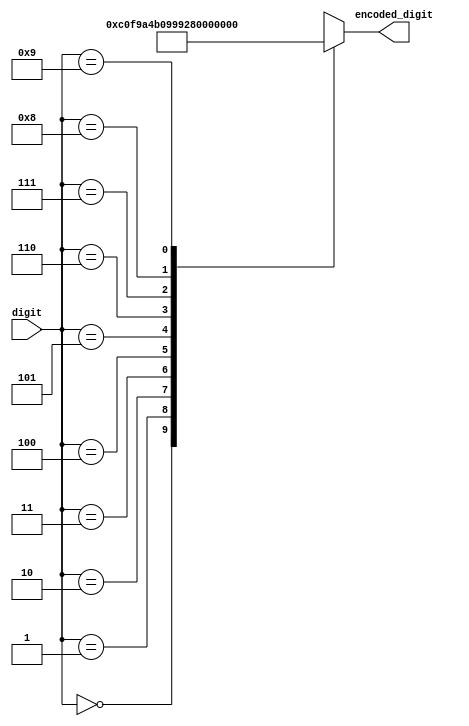
module encoder
	(
		input [3 : 0] digit,
		output [7 : 0] encoded_digit
	);
	
	assign encoded_digit = encode(digit);
	
	function automatic [7 : 0] encode
		(
			input [3 : 0] dig
		);
	begin
		case (dig)
			4'b0000: encode = 8'hC0;
			4'b0001: encode = 8'hF9;
			4'b0010: encode = 8'hA4;
			4'b0011: encode = 8'hB0;
			4'b0100: encode = 8'h99;
			4'b0101: encode = 8'h92;
			4'b0110: encode = 8'h82;
			4'b0111: encode = 8'hF8;
			4'b1000: encode = 8'h80;
			4'b1001: encode = 8'h90;
		endcase
	end
	endfunction
	
endmodule